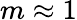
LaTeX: m\approx 1